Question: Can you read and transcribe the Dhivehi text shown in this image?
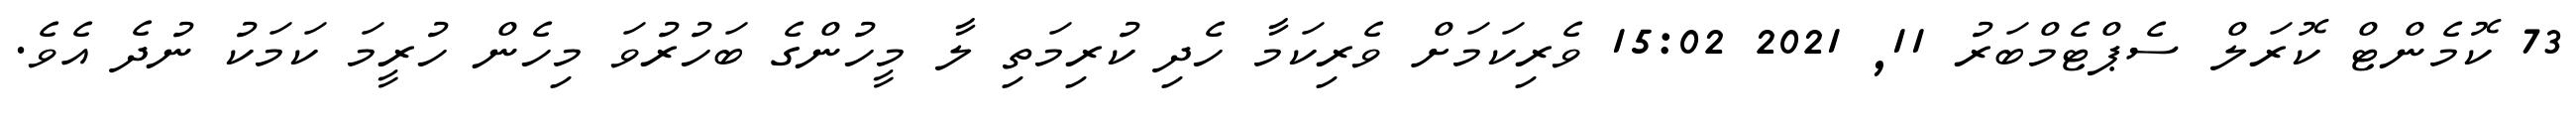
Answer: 73 ކޮމެންޓް ކޮރަލް ސެޕްޓެމްބަރު 11, 2021 15:02 ވެރިކަމަށް ވެރިކަމާ ހެދި ކުރިމަތި ލާ މީހުންގެ ބަހުރުވަ މިހެން ހުރީމަ ކަމަކު ނުދެ އެވެ.